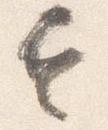
令